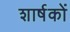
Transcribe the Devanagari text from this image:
शार्षकों